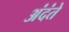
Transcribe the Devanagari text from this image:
अंदंते